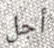
أجل